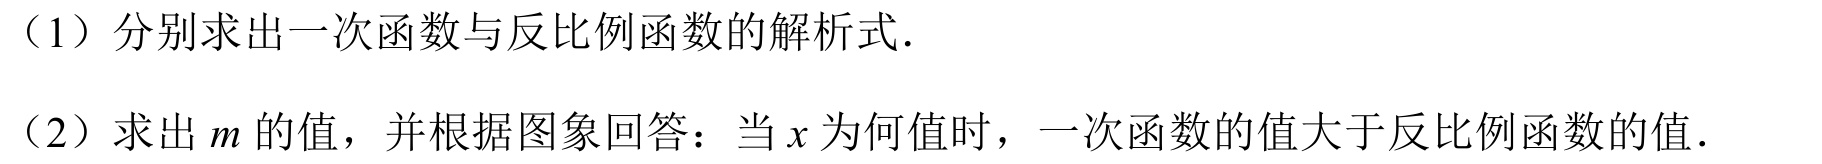
（1）分别求出一次函数与反比例函数的解析式.
（2）求出\(m\)的值，并根据图象回答：当\(x\)为何值时，一次函数的值大于反比例函数的值.